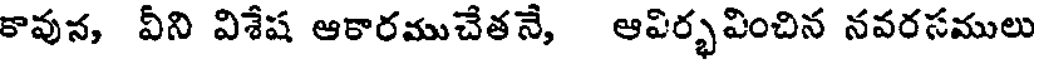
కావున, వీని విశేష ఆకారముచేతనే, ఆపిర్భవించిన నవరసములు